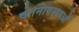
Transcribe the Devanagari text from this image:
चेतनावस्थाओं